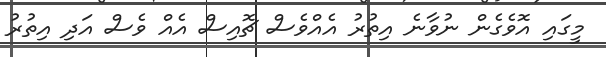
މީގައި އޮވެެގެން ނުވާނެ އިތުރު އެއްވެސް ޗޮއިސް އެއް ވެސް އަދި އިތުރު